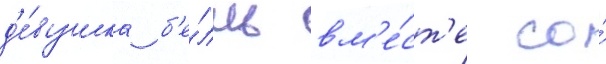
д'е́вушка б'е́лль вм'е́ст'е со́